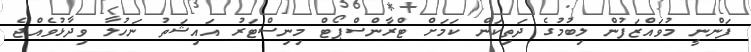
ފަންނީ މުވައްޒަފުން ލިބުމުގެ ދަތިކަން ކަމަށް ޓްރާންސްޕޯޓް މިނިސްޓަރު އައިޝަތު ނަހުލާ ވިދާޅުވެއްޖެ